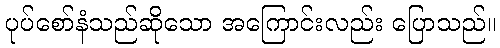
ပုပ်စော်နံသည်ဆိုသော အကြောင်းလည်း ပြောသည်။